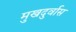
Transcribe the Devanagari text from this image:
मुखदुर्वास